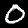
Label: 0